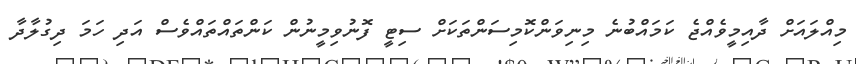
މިއްލައަށް ދާއިމީވެއްޖެ ކަމައްބުނެ މިނިވަންކޮމިސަންތަކަށް ސިޓީ ފޮނުވިމީނުން ކަންތައްތައްވެސް އަދި ހަމަ ދިގުލާދާ